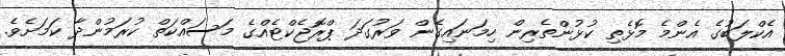
އެކްލަބުގެ އެންމެ މޮޅެތި ކުޅުންތެރިން ހިމަނައިގެން ވަރުގަދަ ޕްރޮޖެކްޓެއްގެ މަސައްކަތް ކުރަމުންދާ ކަމަށެވެ.